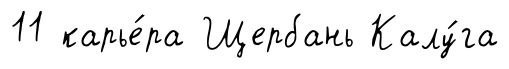
11 карье́ра Щербань Калу́га